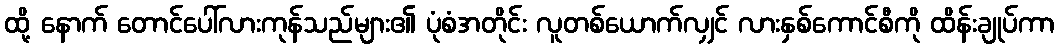
ထို့ နောက် တောင်ပေါ်လားကုန်သည်များ၏ ပုံစံအတိုင်း လူတစ်ယောက်လျှင် လားနှစ်ကောင်စီကို ထိန်းချုပ်ကာ